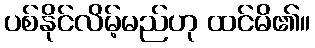
ပစ်နိုင်လိမ့်မည်ဟု ထင်မိ၏။